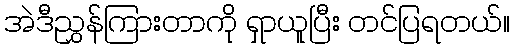
အဲဒီညွှန်ကြားတာကို ရှာယူပြီး တင်ပြရတယ်။